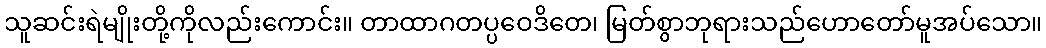
သူဆင်းရဲမျိုးတို့ကိုလည်းကောင်း။ တာထာဂတပ္ပဝေဒိတေ၊ မြတ်စွာဘုရားသည်ဟောတော်မူအပ်သော။